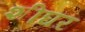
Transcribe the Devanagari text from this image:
शीघऱ